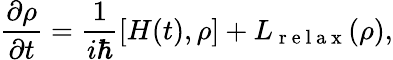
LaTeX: \frac{\partial\rho}{\partial t}=\frac{1}{i\hbar}[H(t),\rho]+L_{\mathrm{~r~e~l~a~x~}}(\rho),